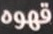
قهوه